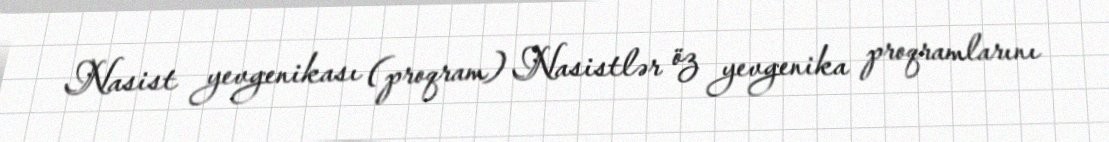
Nasist yevgenikası (proqram) Nasistlər öz yevgenika proqramlarını